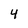
Character: 4